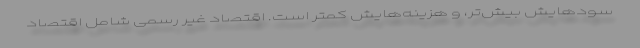
سودهایش بیش‌تر، و هزینه‌هایش کمتر است. اقتصاد غیر رسمی شامل اقتصاد